Leningradi_Edasi_toimetus, lk 10
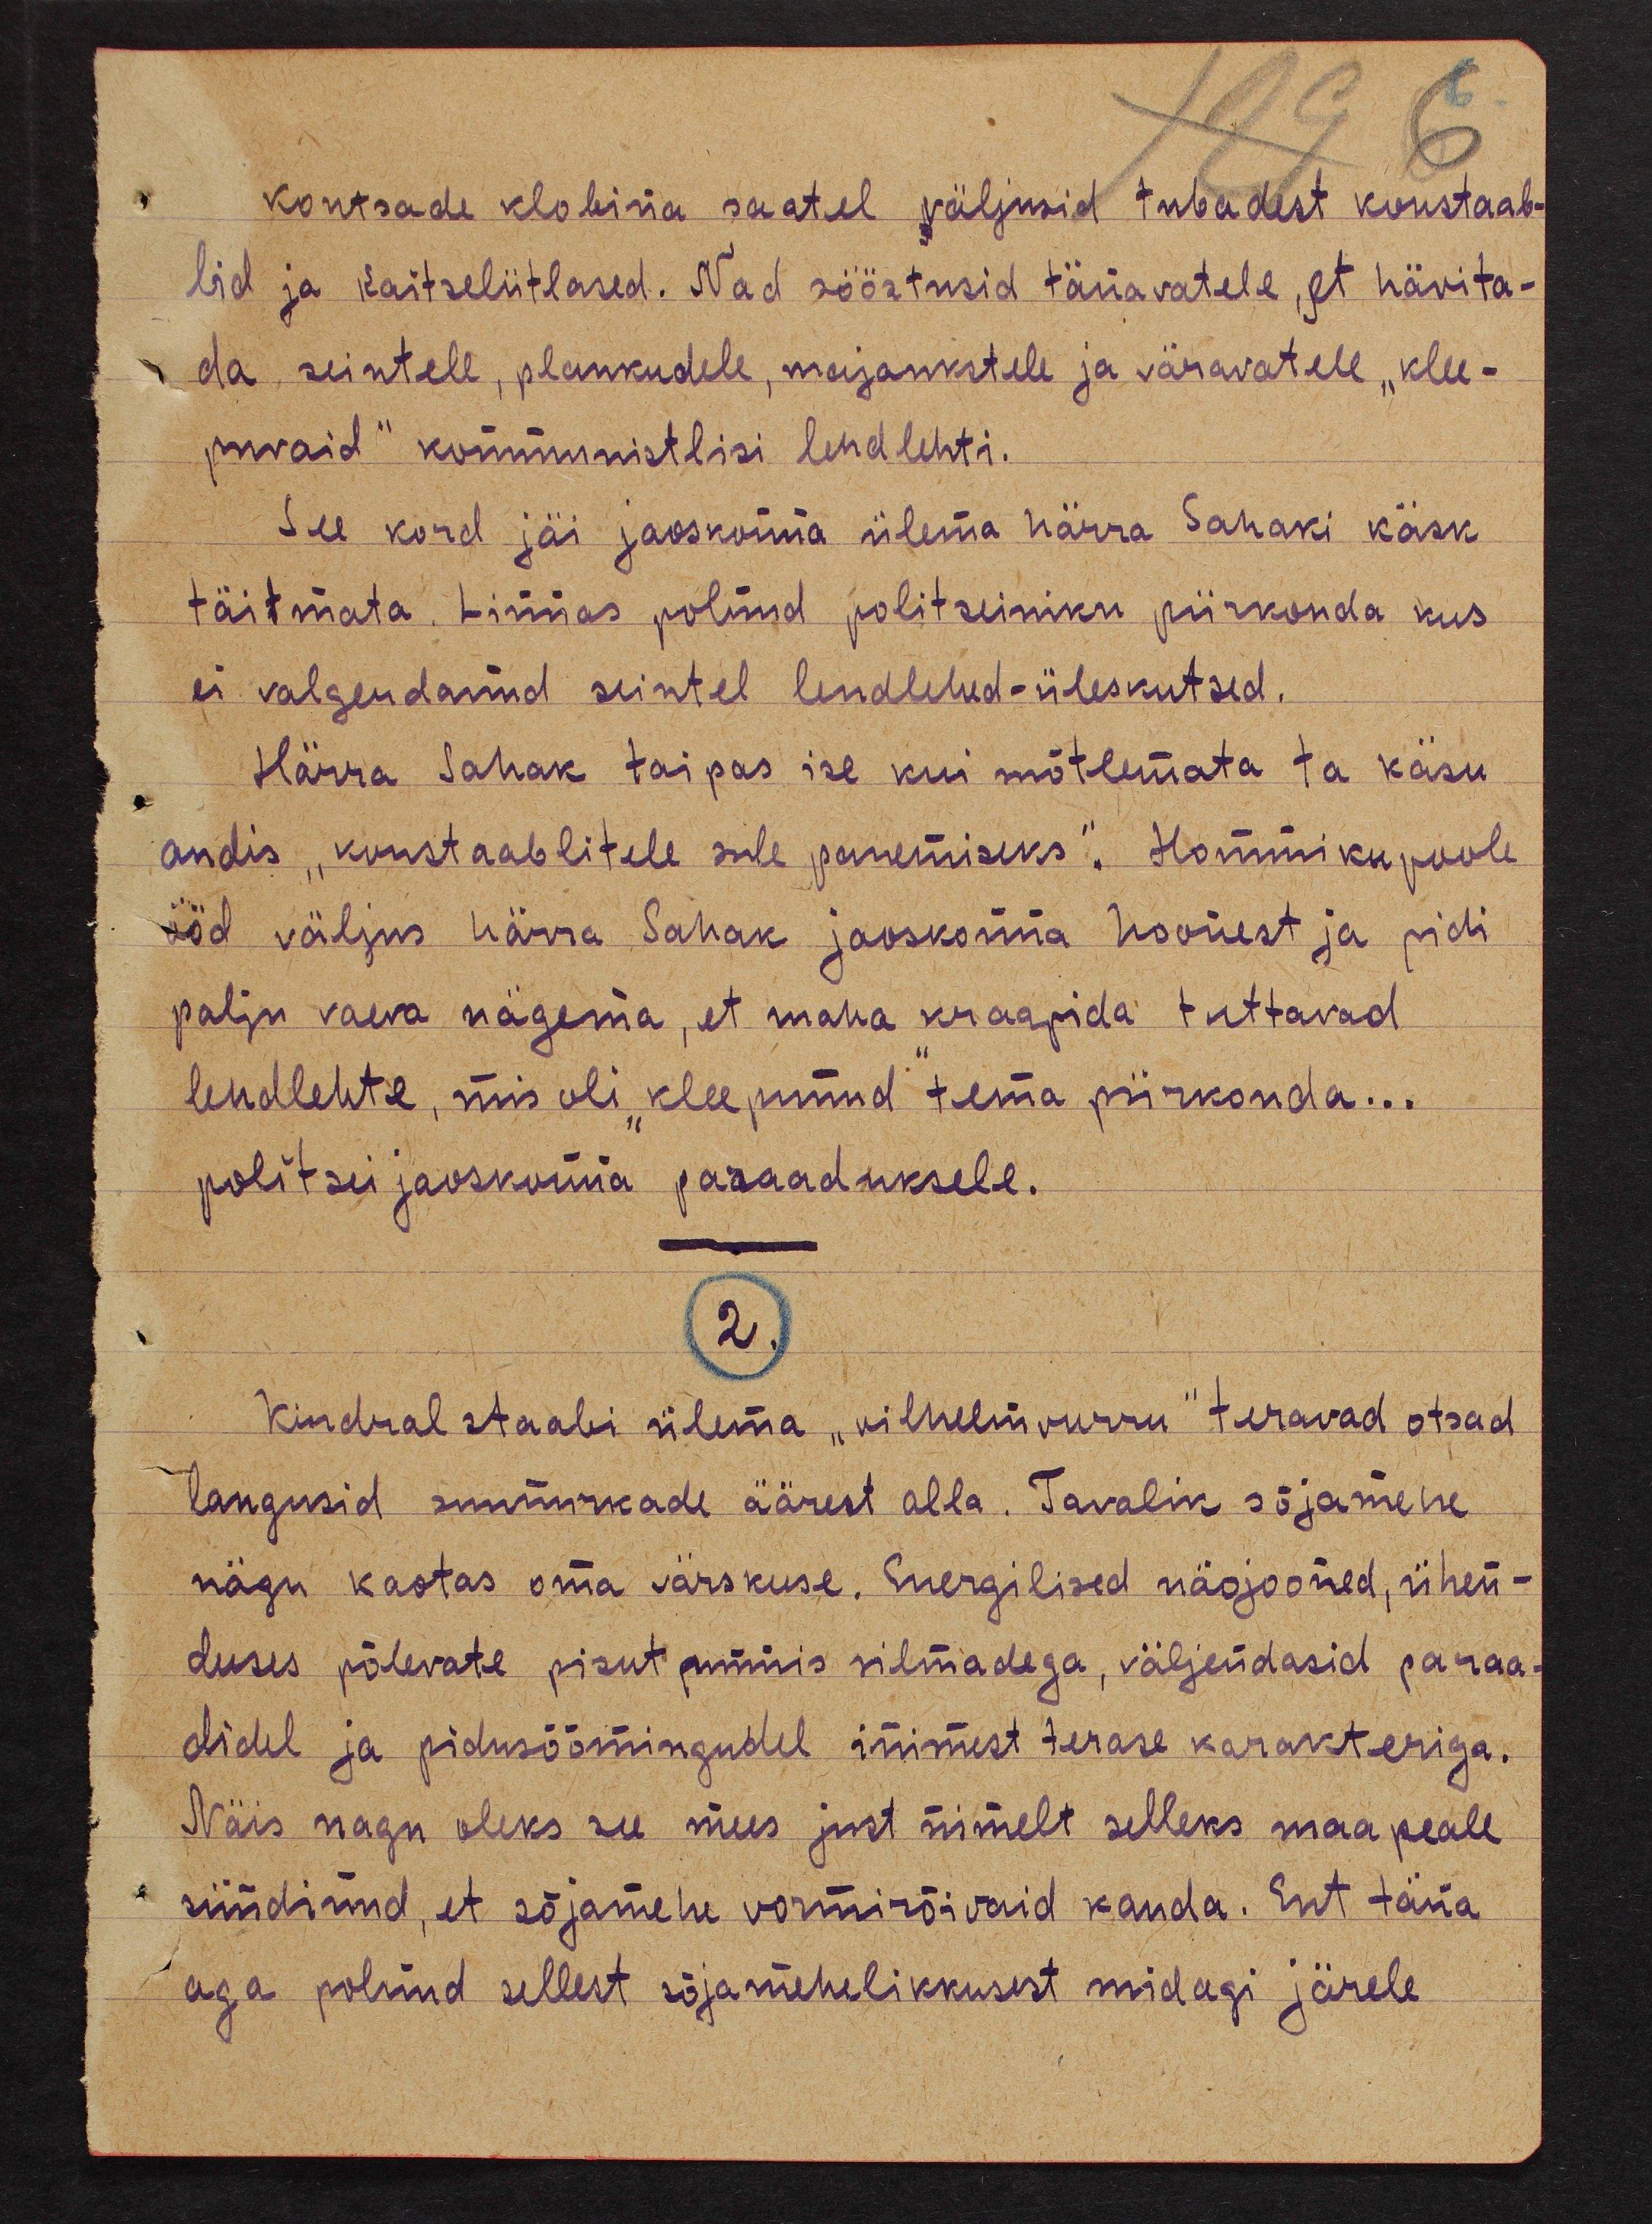
kontsade klobina saatel väljusid tubadest konstaab-
lid ja kaitseliitlased. Nad sööstusid tänavatele, et hävita-
da seintele, plankudele, majaukstele ja väravatele "klee-
puvaid" kommunistlisi lendlehti.
See kord jäi jaoskonna ülema härra Sahaki käsk
täitmata. Linnas polnud politseiniku piirkonda kus
ei valgendanud seintel lendlehed-üleskutsed.
Härra Sahak taipas ise kui mõtlemata ta käsu
andis "konstaablitele sule panemiseks". Hommiku poole
ööd väljus härra Sahak jaoskonna hoonest ja pidi
palju vaeva nägema, et maha kraapida tuttavad
lendlehte, mis oli "kleepunud" tema piirkonda...
politsei jaoskonna paraaduksele.
2.
Kindral staabi ülema "vilhelmvurru" teravad otsad
langusid suunurkade äärest alla. Tavalik sõjamehe
nägu kaotas oma värskuse. Energilised näojooned, ühen-
duses põlevate pisut punnis silmadega, väljendasid paraa-
didel ja pidusöömingudel inimest terase karakteriga.
Näis nagu oleks see mees just nimelt selleks maa peale
sündinud, et sõjamehe vormirõivaid kanda. Ent täna
aga polnud sellest sõjamehelikkusest midagi järele